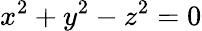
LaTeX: x^{2}+y^{2}-z^{2}=0